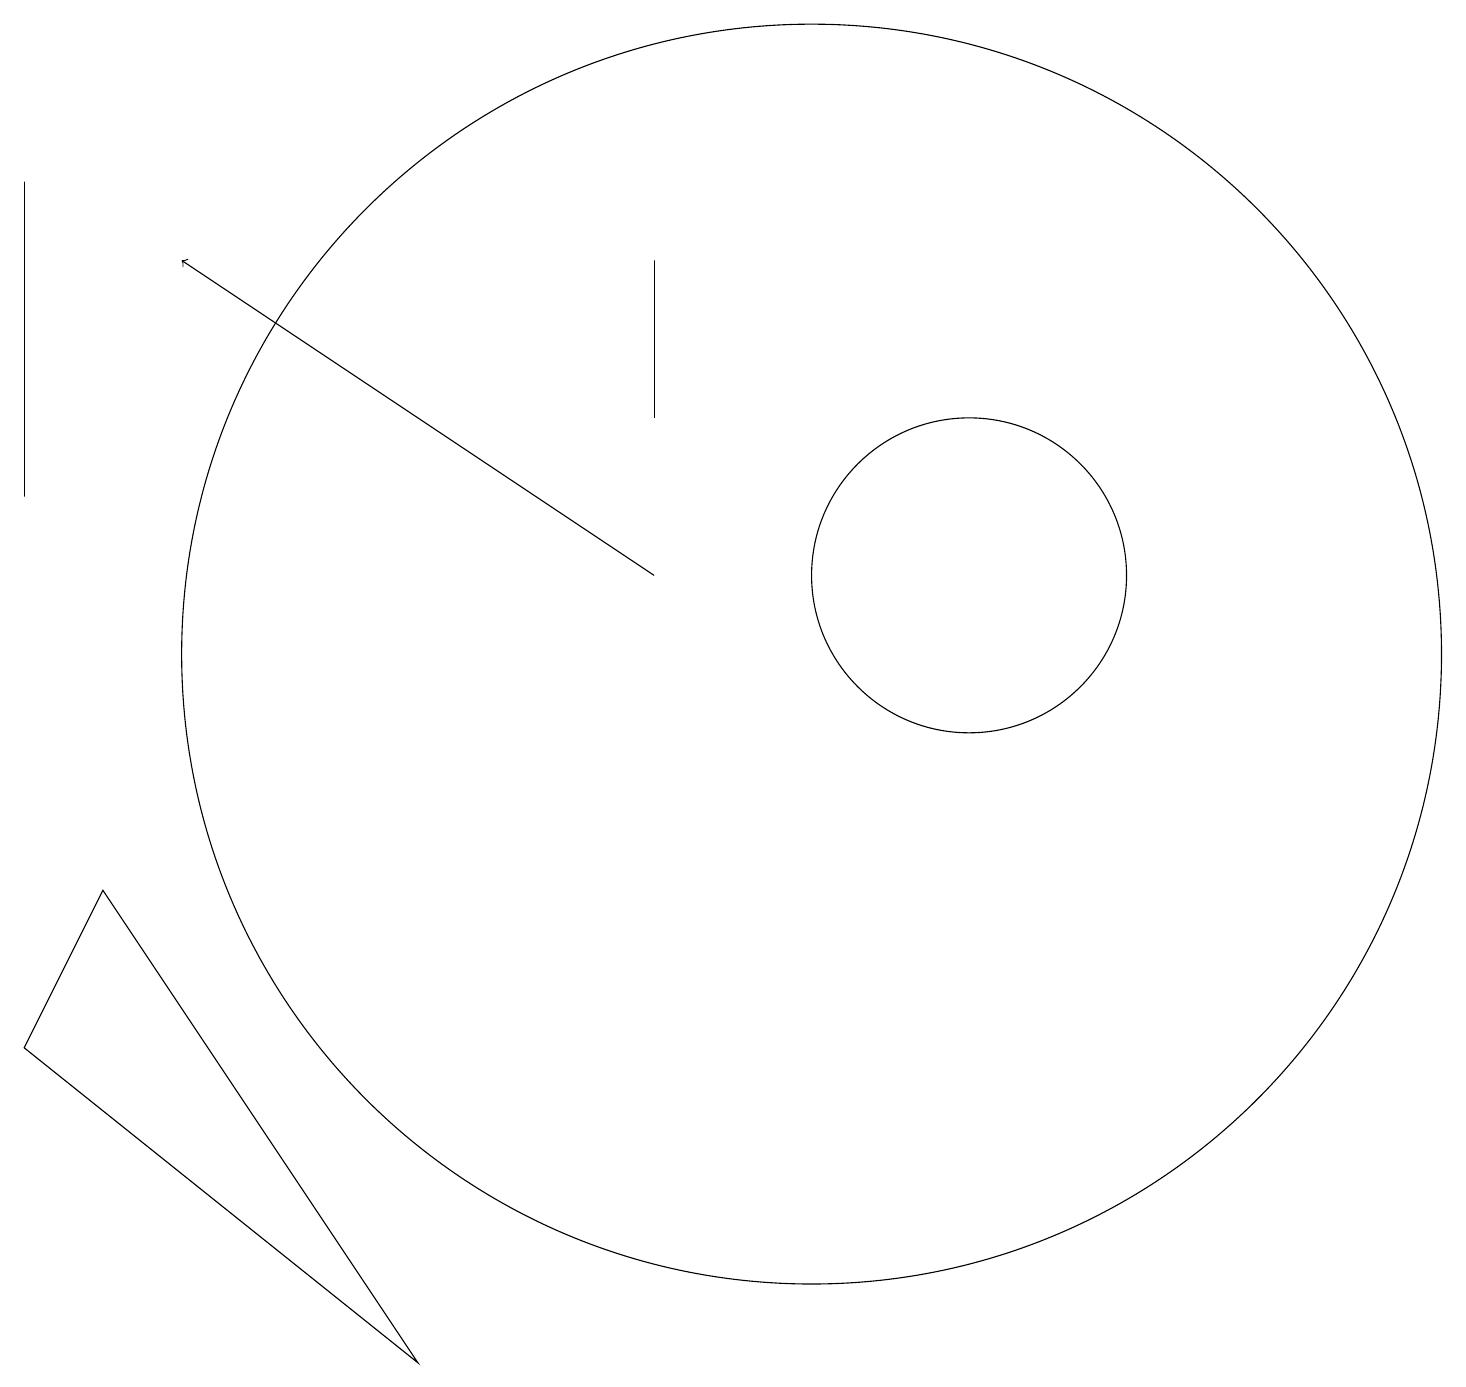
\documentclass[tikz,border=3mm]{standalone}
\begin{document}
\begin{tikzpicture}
\draw[->] (8,11) -- (2,15);
\draw (0,16) rectangle (0,12);
\draw (8,15) rectangle (8,13);
\draw (10,10) circle (8);
\draw (12,11) circle (2);
\draw (1,7) -- (0,5) -- (5,1) -- cycle;
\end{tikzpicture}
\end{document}